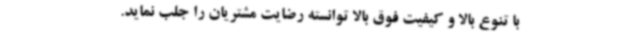
با تنوع بالا و کیفیت فوق بالا توانسته رضایت مشتریان را جلب نماید.